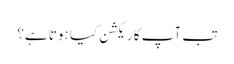
تب آپ کا ریکشن کیا ہوتا ہے؟